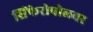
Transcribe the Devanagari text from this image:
सिंफेरोपोलवर